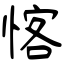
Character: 愘